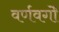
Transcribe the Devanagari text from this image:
वर्णवर्गों